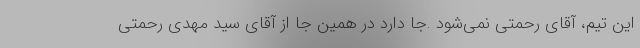
این تیم، آقای رحمتی نمی‌شود .جا دارد در همین جا از آقای سید مهدی رحمتی